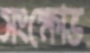
সংক্ষোভ